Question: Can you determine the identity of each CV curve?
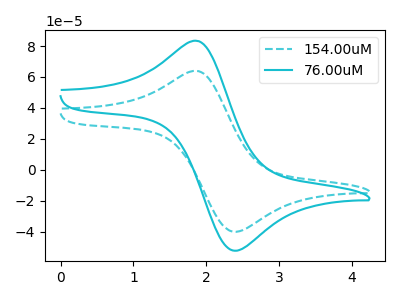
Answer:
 <answer>The cyan dashed curve is labeled "154.00uM". The cyan curve is labeled "76.00uM".</answer>
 <eval></eval>